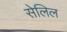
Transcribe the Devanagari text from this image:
सेलिल